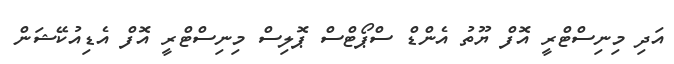
އަދި މިނިސްޓްރީ އޮފް ޔޫތު އެންޑް ސްޕޯޓްސް ޕޮލިސް މިނިސްޓްރީ އޮފް އެޑިއުކޭޝަން